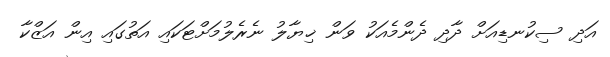
އަދި ސިކުނޑިއަށް ދާދި ދެންމެއަކު ވަން ޚިޔާލު ނެރެލުމަށްޓަކައި އަތުގައި އިން އަޒްކާ